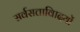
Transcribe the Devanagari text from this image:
सर्वसत्तावािदयों